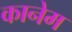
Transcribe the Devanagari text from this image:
कानेम